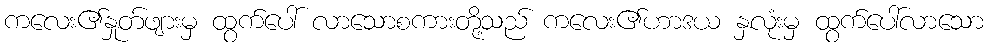
ကလေး၏နှုတ်ဖျားမှ ထွက်ပေါ် လာသောစကားတို့သည် ကလေး၏ဟာဒယ နှလုံးမှ ထွက်ပေါ်လာသော